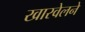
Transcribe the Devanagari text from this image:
खारवेलने